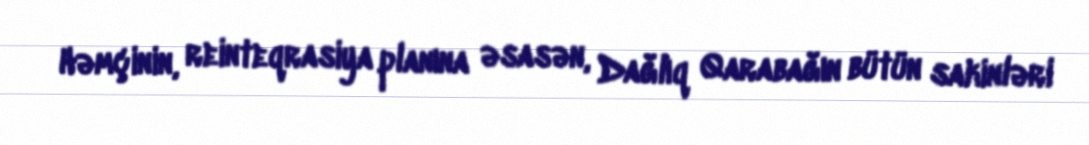
Həmçinin, reinteqrasiya planına əsasən, Dağlıq Qarabağın bütün sakinləri